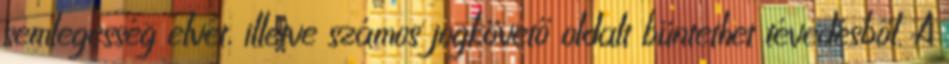
semlegesség elvét, illetve számos jogkövető oldalt büntethet tévedésből. A